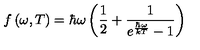
f \left( \omega , T \right) = \hbar \omega \left( \frac 1 2 + \frac 1 { e ^ { \frac { \hbar \omega } { k T } } - 1 } \right)